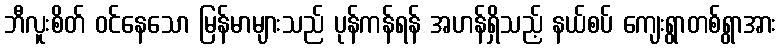
ဘီလူးစိတ် ဝင်နေသော မြန်မာများသည် ပုန်ကန်ရန် အဟန်ရှိသည့် နယ်စပ် ကျေးရွာတစ်ရွာအား